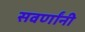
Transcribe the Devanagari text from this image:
सवर्णांनी